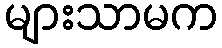
များသာမက